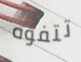
تتفوه